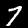
Label: 7